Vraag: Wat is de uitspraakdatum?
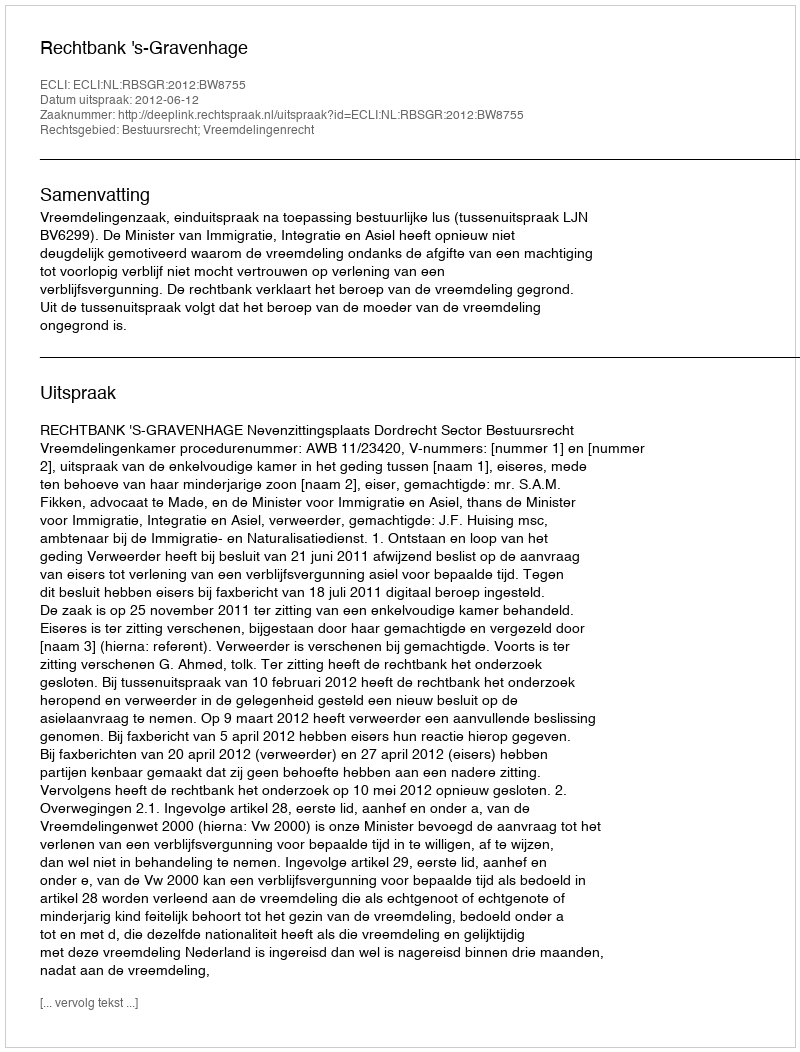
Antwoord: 2012-06-12